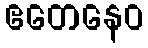
ဧတေနေဝ